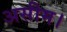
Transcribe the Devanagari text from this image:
असीम।